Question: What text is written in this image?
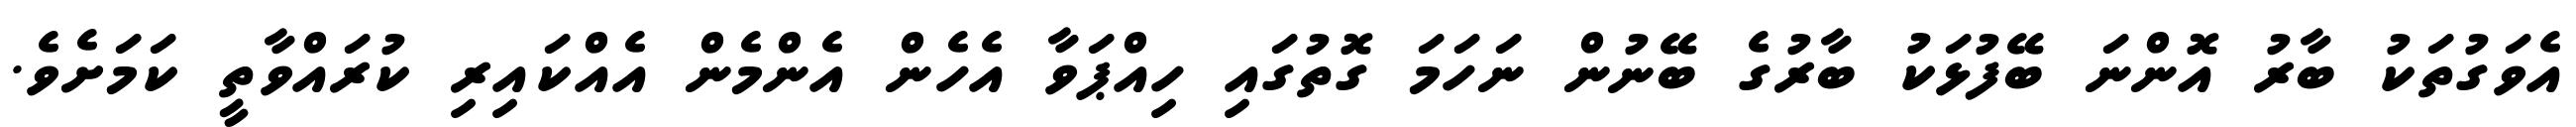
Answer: އެވަގުތަކު ބާރު އޮންނަ ބޭފުޅަކު ބާރުގެ ބޭނުން ނަހަމަ ގޮތުގައި ހިއްޕަވާ އެހެން އެންމެން އެއްކައިރި ކުރައްވާތީ ކަމަށެވެ.